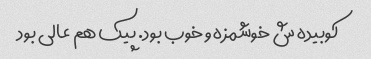
کوبیده ش خوشمزه و خوب بود. پیک هم عالی بود